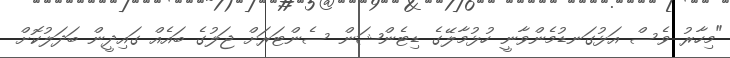
"މިހާރު ވެސް އަޅުގަނޑުމެންވާނީ ހުޅުމާލޭގެ ޑިޓެންޝަން ސެންޓަރަށް ޖަލުގެ ބައެއް ގައިދީން ބަދަލުކޮށް